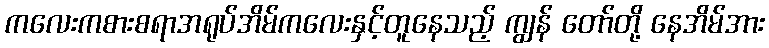
ကလေးကစားစရာအရုပ်အိမ်ကလေးနှင့်တူနေသည့် ကျွန် တော်တို့ နေအိမ်အား